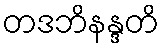
တဒဘိနန္ဒတိ